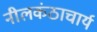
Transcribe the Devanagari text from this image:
नीलकंठाचार्य